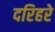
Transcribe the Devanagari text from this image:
दरिहरे